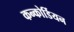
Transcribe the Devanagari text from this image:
कन्कोर्डियन